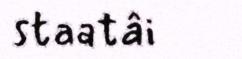
staatâi